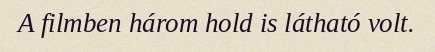
A filmben három hold is látható volt.